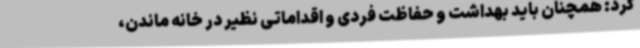
کرد: همچنان باید بهداشت و حفاظت فردی و اقداماتی نظیر در خانه ماندن،